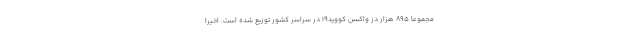
مجموعا ۸۹۵ هزار دز واکسن کووید۱۹ در سراسر کشور توزیع شده است. اخیرا